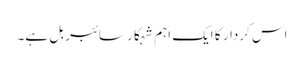
اس کردار کا ایک اہم شہکار سائبر بل ہے۔